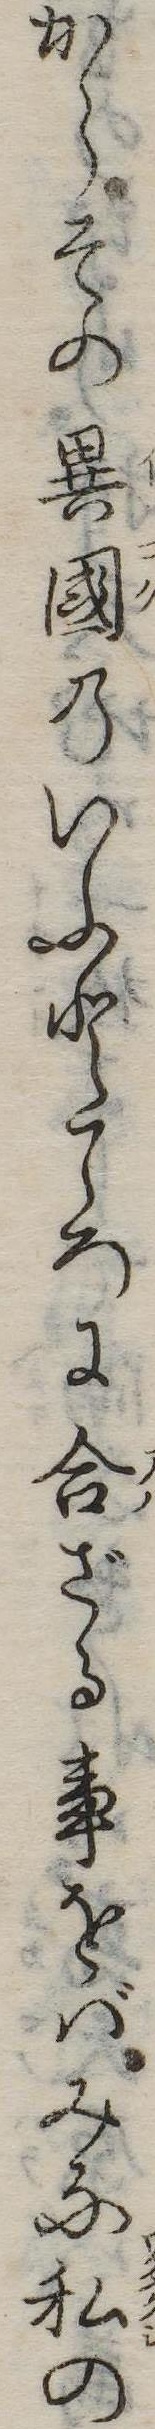
からその異国のいふところに合ざる事をばみな私の